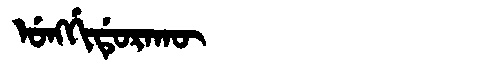
Manchu: ᡠᠩᡤᡳᡩᡠᡵᠠᡴᡡ
Romanization: UNGGIDURAKŪ